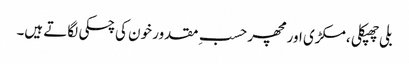
بلی چھپکلی ، مکڑی اور مچھر حسبِ مقدور خون کی چسکی لگاتے ہیں۔